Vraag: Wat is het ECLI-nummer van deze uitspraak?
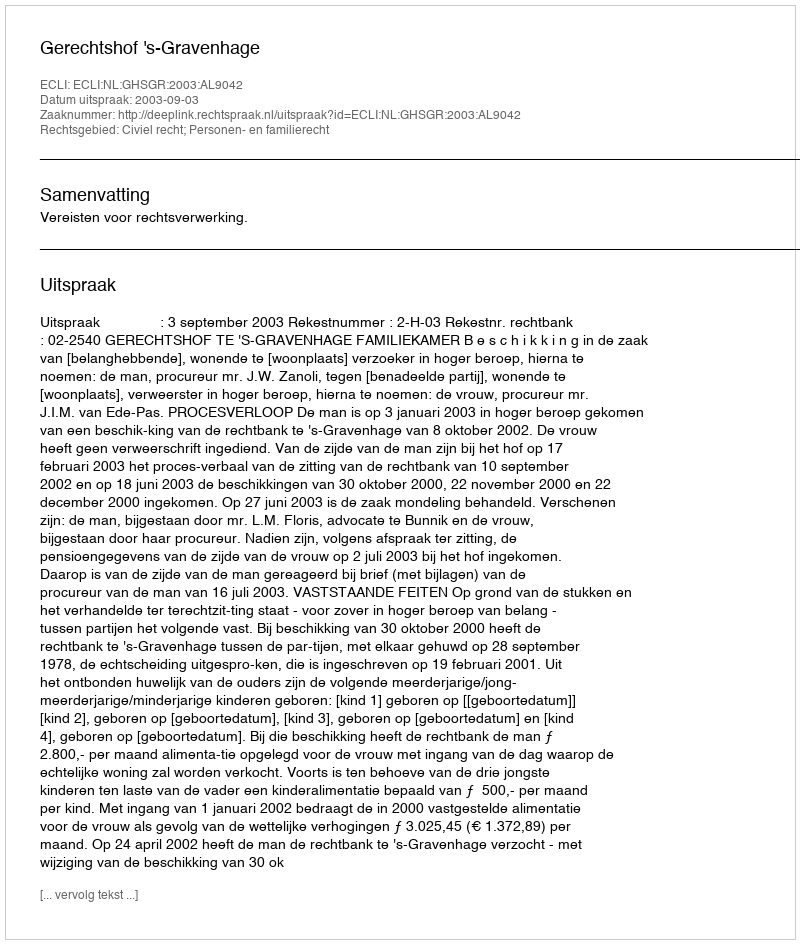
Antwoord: ECLI:NL:GHSGR:2003:AL9042